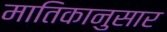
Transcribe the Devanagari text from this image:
मातिकानुसार